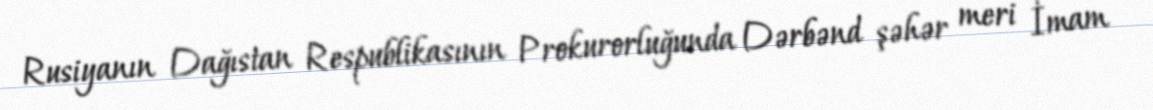
Rusiyanın Dağıstan Respublikasının Prokurorluğunda Dərbənd şəhər meri İmam